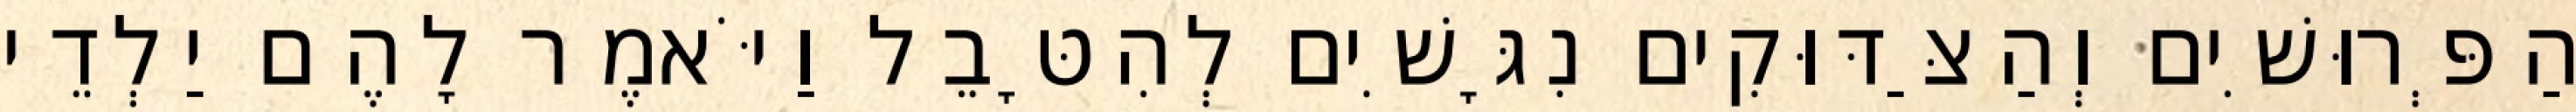
הַפְּרוּשִׁים וְהַצַּדּוּקִים נִגָּשִׁים לְהִטָּבֵל וַיֹּאמֶר לָהֶם יַלְדֵי